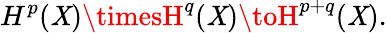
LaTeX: H^{p}(\mathit{X})\timesH^{q}(\mathit{X})\toH^{p+q}(\mathit{X}).